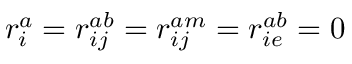
r _ { i } ^ { a } = r _ { i j } ^ { a b } = r _ { i j } ^ { a m } = r _ { i e } ^ { a b } = 0